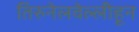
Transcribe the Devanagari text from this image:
तिरुनेलवेल्लीहून